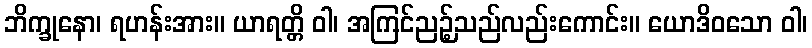
ဘိက္ခုနော၊ ရဟန်းအား။ ယာရတ္တိ ဝါ၊ အကြင်ညဉ့်သည်လည်းကောင်း။ ယောဒိဝသော ဝါ၊